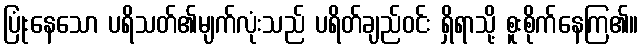
ပြုံးနေသော ပရိသတ်၏မျက်လုံးသည် ပရိတ်ချည်ဝင်း ရှိရာသို့ စူးစိုက်နေကြ၏။